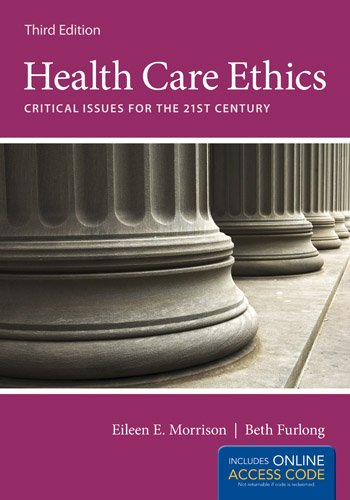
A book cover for Health Care Ethics: Critical Issues for the 21st Century; Eileen E. Morrison; Medical Books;